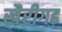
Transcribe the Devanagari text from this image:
खैरीगढ़